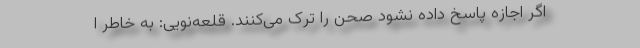
اگر اجازه پاسخ داده نشود صحن را ترک می‌کنند. قلعه‌نویی: به خاطر ا